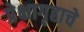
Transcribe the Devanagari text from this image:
प्रेक्षागृहाचे